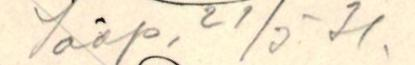
Saap. 21/3-31.